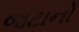
જટાનો